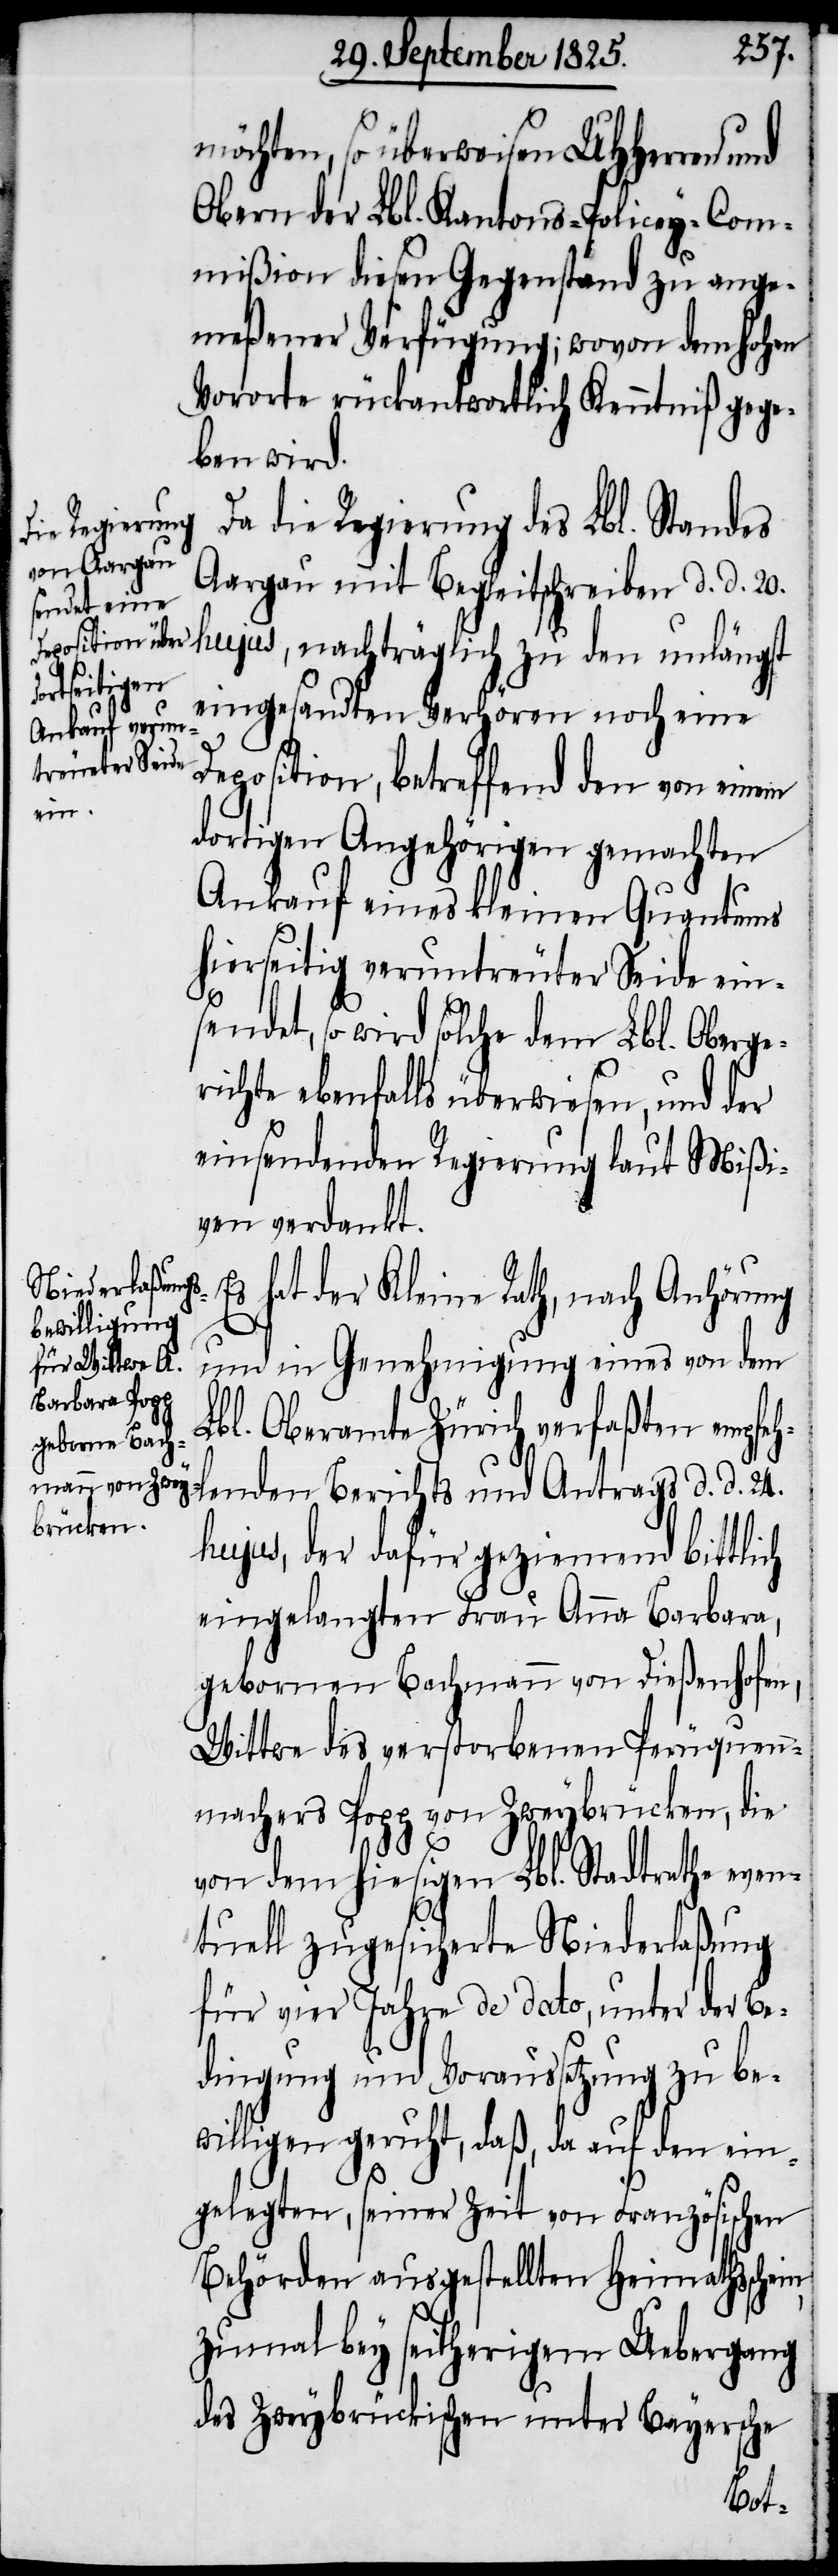
möchten, so überweisen UHHerren und
Obern der Lbl. Kantons-Policey-Com¬
mißion diesen Gegenstand zu ange¬
meßener Verfügung; wovon dem hohen
Vororte rückantwortlich Kenntniß gege¬
ben wird.
Da die Regierung des Lbl. Standes
Aargau mit Begleitschreiben d. d. 20.
hujus, nachträglich zu den unlängst
eingesandten Verhören noch eine
Deposition, betreffend den von einem
dortigen Angehörigen gemachten
Ankaufs eines kleinen Quantums
hierseitig veruntreuter Seide ein¬
sendet, so wird solche dem Lbl. Oberge¬
richte ebenfalls überwiesen, und der
einsendenden Regierung laut Mißi¬
ven verdankt.
Es hat der Kleine Rath, nach Anhörung
und in Genehmigung eines von dem
Lbl. Oberamte Zürich verfaßten empfeh¬
lenden Berichts und Antrags d. d. 24.
hujus, der dafür geziemend bittlich
eingelangten Frau Anna Barbara,
gebornen Bachmann von Dießenhofen,
Wittwe des verstorbenen Perüquen¬
machers Popp von Zweybrücken, die
von dem hiesigen Lbl. Stadtrathe even¬
tuell zugesicherte Niederlaßung
für vier Jahre de dato, unter der Be¬
dingung und Voraussetzung zu be¬
willigen geruht, daß, da auf dem ein¬
gelegten, seiner Zeit von Französischen
Behörden ausgestellten Heimathsschein,
zumal bey seitherigem Übergang
des Zweybrückischen unter Bayersche